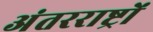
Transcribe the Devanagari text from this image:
अंतरराष्ट्रों